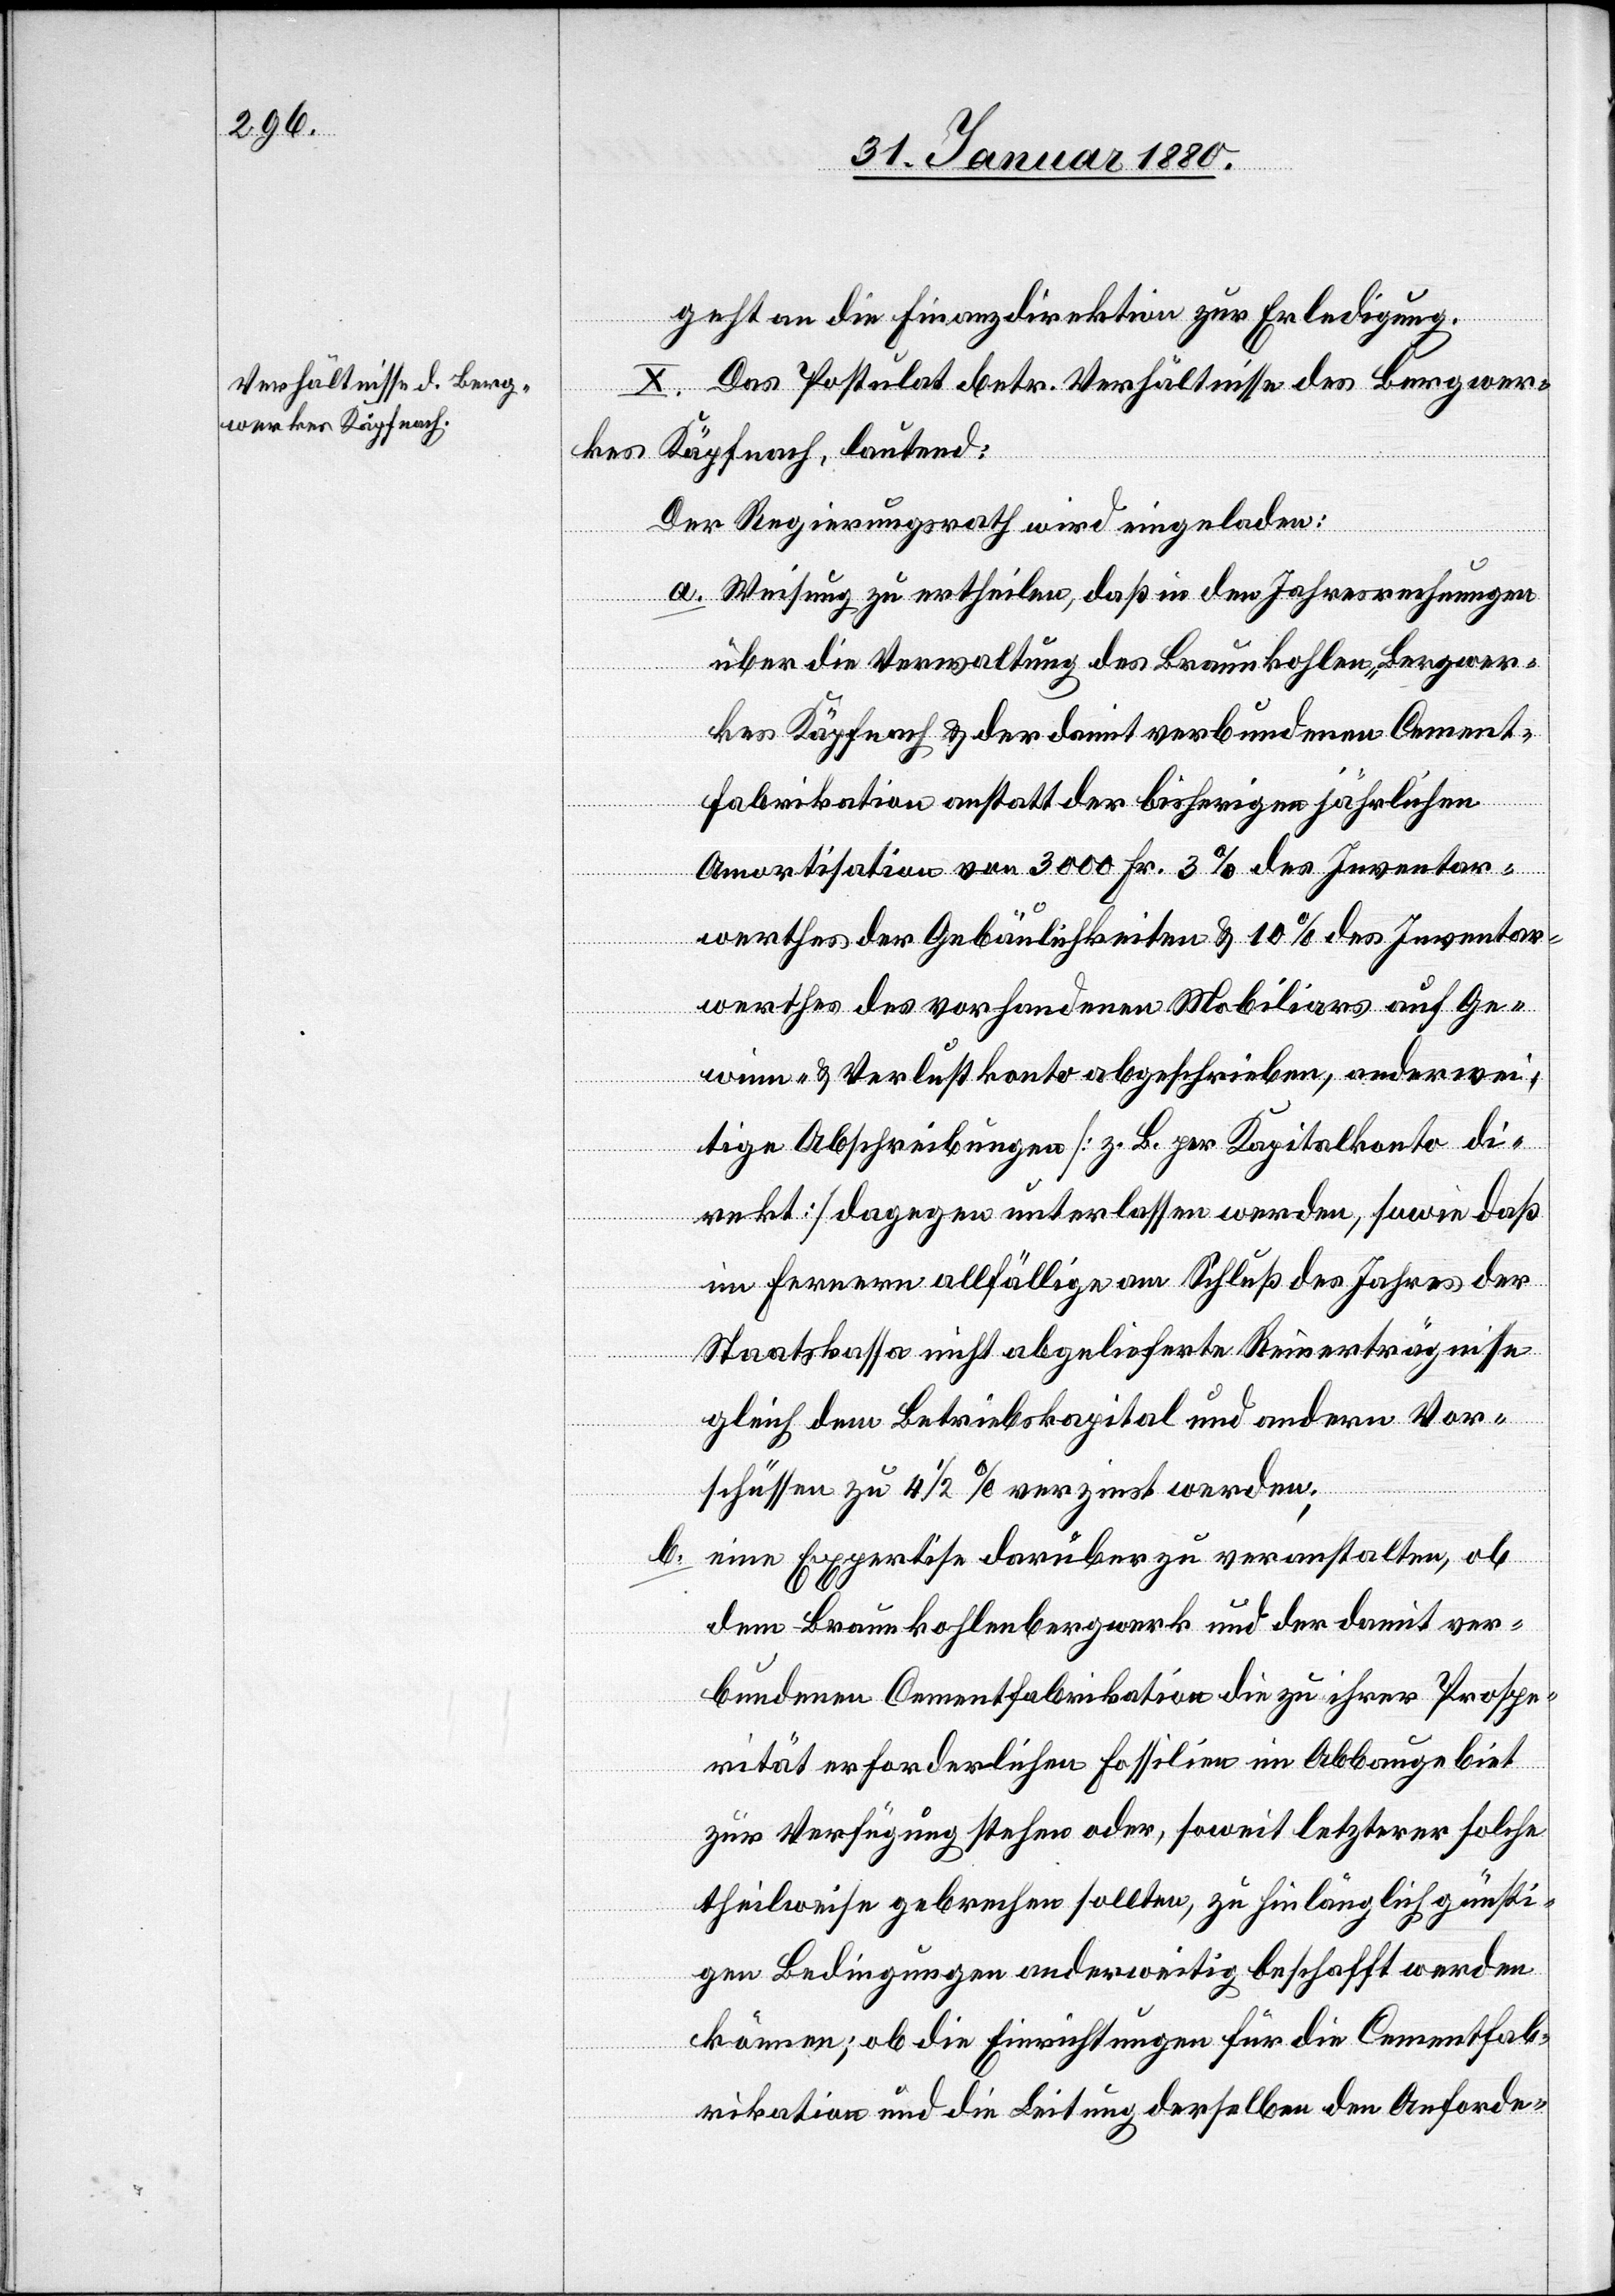
geht an die Finanzdirektion zur Erledigung.
X. Das Postulat betr. Verhältnisse des Bergwer¬
b.
kes Käpfnach, lautend:
Der Regierungsrath wird eingeladen:
a. Weisung zu ertheilen, daß in den Jahresrechnungen
über die Verwaltung des Braunkohlen-Bergwer¬
kes Käpfnach & der damit verbundenen Cement¬
fabrikation anstatt der bisherigen jährlichen
Amortisation von 3000 Fr. 3 % des Inventar¬
werthes der Gebäulichkeiten & 10 % des Inventar¬
werthes des vorhandenen Mobiliars auf Ge¬
winn- & Verlustkonto abgeschrieben, anderwei¬
tige Abschreibungen [z. B. per Kapitalkonto di¬
rekt] dagegen unterlassen werden, sowie daß
im Fernern allfällige am Schluß des Jahres der
Staatskasse nicht abgelieferte Reinerträgnisse
gleich dem Betriebskapital und andern Vor¬
schüssen zu 4 1/2 % verzinst werden,
eine Expertise darüber zu veranstalten, ob
dem Braunkohlenbergwerk und der damit ver¬
bundenen Cementfabrikation die zu ihrer Prospe¬
rität erforderlichen Fossilien im Abbaugebiet
zur Verfügung stehen oder, soweit letzterer solche
theilweise gebrechen sollten, zu hinlänglich günsti¬
gen Bedingungen anderweitig beschafft werden
können; ob die Einrichtungen für die Cementfab¬
rikation und die Leitung derselben den Anforde-